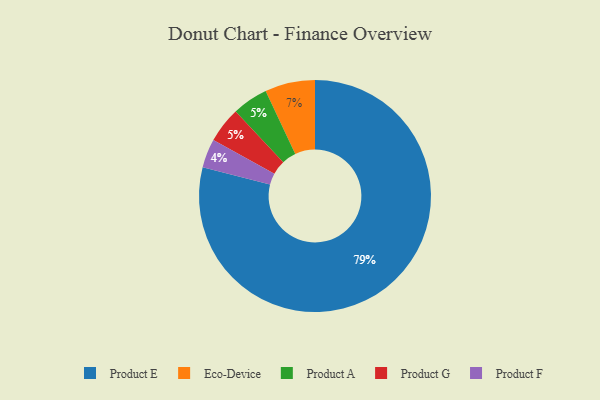
{"axis": {"x": "Category", "y": "Percentage"}, "legend": ["Eco-Device", "Product A", "Product E", "Product F", "Product G"], "data": [{"x": "Product F", "y": 4, "type": "Product F"}, {"x": "Eco-Device", "y": 7, "type": "Eco-Device"}, {"x": "Product A", "y": 5, "type": "Product A"}, {"x": "Product E", "y": 79, "type": "Product E"}, {"x": "Product G", "y": 5, "type": "Product G"}]}